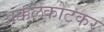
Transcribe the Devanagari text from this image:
अक्कलकोटकर